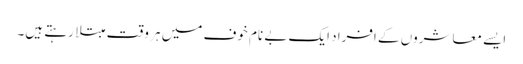
ایسے معاشروں کے افراد ایک بے نام خوف میں ہر وقت مبتلا رہتے ہیں۔